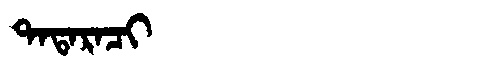
Manchu: ᡨᠠᡨᠠᡵᠠᠴᡳ
Romanization: TATARACI